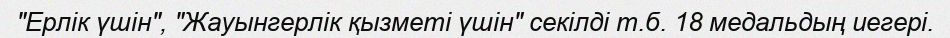
"Ерлік үшін", "Жауынгерлік қызметі үшін" секілді т.б. 18 медальдың иегері.